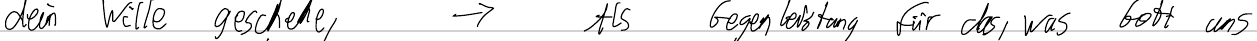
dein Wille geschehe    ->  Als Gegenleistung für das, was Gott uns